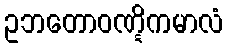
ဥဘတောဝဏ္ဋိကမာလံ